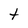
Character: t